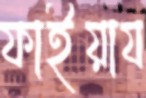
ফাইয়ায